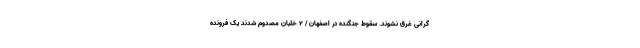
گرانی غرق نشوند. سقوط جنگنده در اصفهان / ۲ خلبان مصدوم شدند یک فرونده